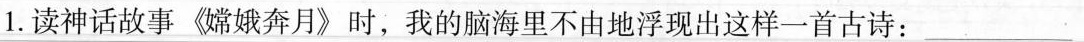
1. 读神话故事《嫦娥奔月》时，我的脑海里不由地浮现出这样一首古诗：___